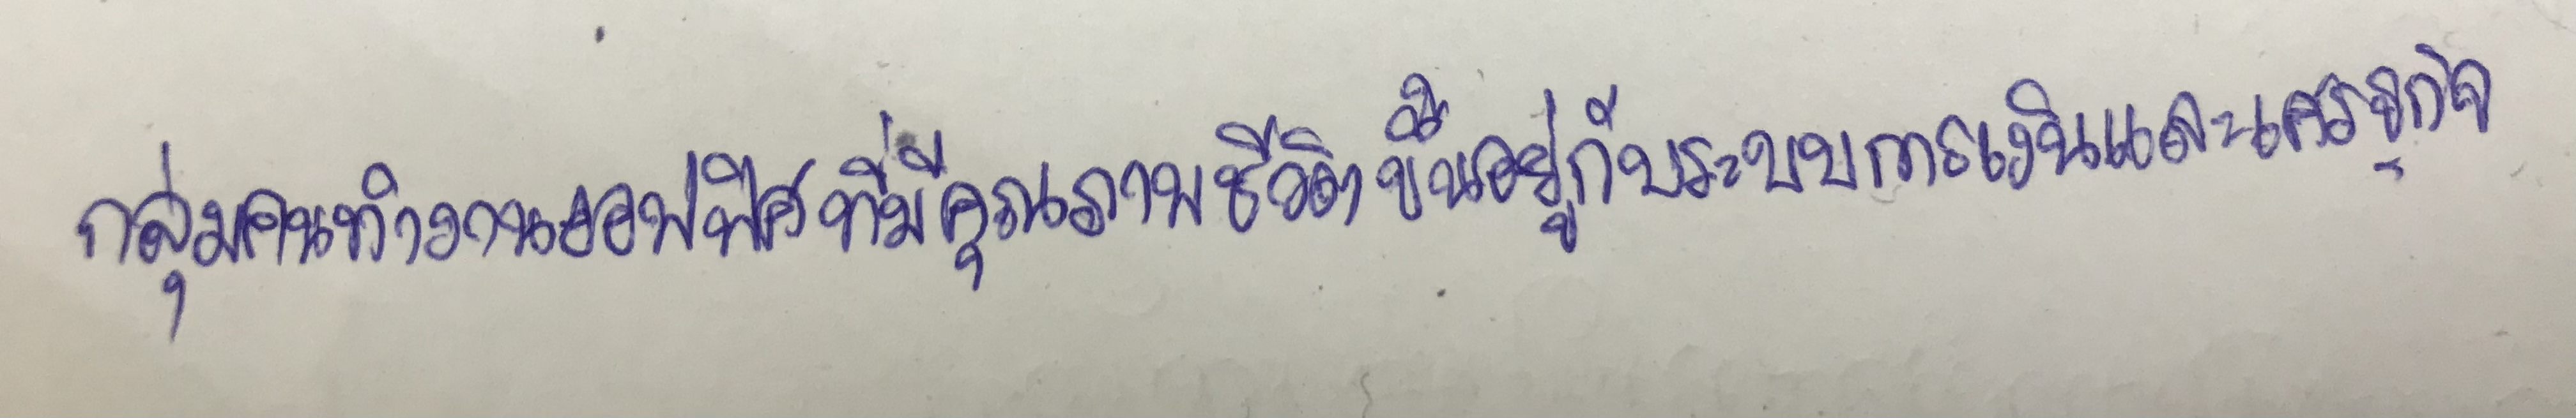
กลุ่มคนทำงานออฟฟิศที่มีคุณภาพชีวิตขึ้นอยู่กับระบบการเงินและเศรษฐกิจ